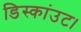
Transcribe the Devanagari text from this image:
डिस्कांउट।